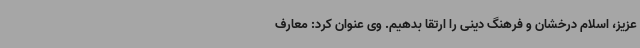
عزیز، اسلام درخشان و فرهنگ دینی را ارتقا بدهیم. وی عنوان کرد: معارف